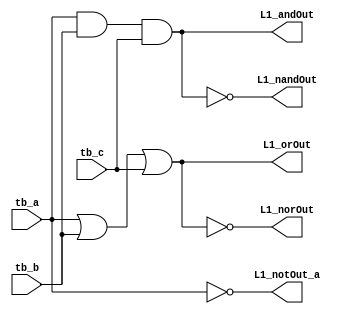
//
// Lab1_hello
// CSE140L Spring 2019
//
// Starter code
//   Bryan Chin
//   Lih-Feng Tsaur
//
//

module Lab1_hello(input tb_a, input tb_b, input tb_c, output L1_andOut, output L1_orOut, output L1_nandOut, output L1_norOut, output L1_notOut_a); //Function that handles all inputs and ouputs

   //Example boolean operation
   assign L1_andOut = tb_a & tb_b & tb_c;       //AND statement
	assign L1_orOut = tb_a | tb_b | tb_c;        //OR statement  
	assign L1_nandOut = ~(tb_a & tb_b & tb_c);   //NOT AND statement
	assign L1_norOut = ~(tb_a | tb_b | tb_c);    //NOT OR statement
	assign L1_notOut_a = ~tb_a;                  //NOT statement 
   

endmodule   //End of function